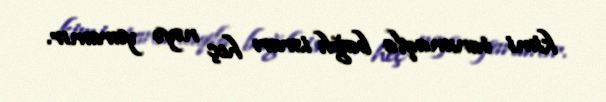
kimi tanımaqla bağlı israrı heç nəyə yaramır.